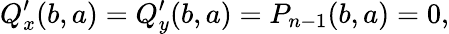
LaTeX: Q_{x}^{\prime}(b,a)=Q_{y}^{\prime}(b,a)=P_{n-1}(b,a)=0,